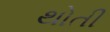
થોતી